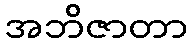
အဘိဇာတာ